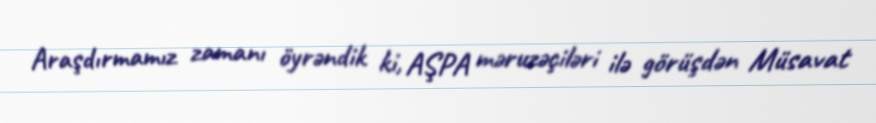
Araşdırmamız zamanı öyrəndik ki, AŞPA məruzəçiləri ilə görüşdən Müsavat